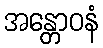
အန္တောဝနံ